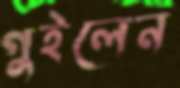
গুইলেন